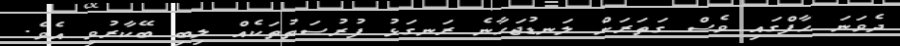
ދެވަނަ ހާފްގައި ވެސް ގަތަރަށް ލަނޑުޖަހާނެ ރަނގަޅު ފުރުސަތުތަކެއް ލިބި ބޭކާރުވި އެވެ.